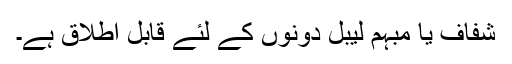
شفاف یا مبہم لیبل دونوں کے لئے قابل اطلاق ہے۔